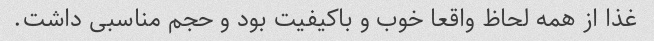
غذا از همه لحاظ واقعا خوب و باکیفیت بود و حجم مناسبی داشت.